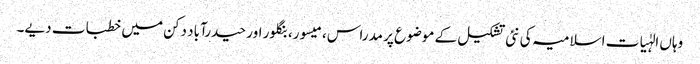
وہاں الہٰیات اسلامیہ کی نئی تشکیل کے موضوع پر مدراس، میسور، بنگلور اور حیدرآباد دکن میں خطبات دیے۔